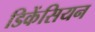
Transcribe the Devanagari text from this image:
डिकेंसियन